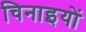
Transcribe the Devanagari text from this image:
चिनाइयों